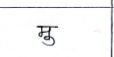
मजकूर: मु